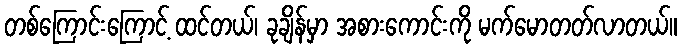
တစ်ကြောင်းကြောင့် ထင်တယ်၊ ခုချိန်မှာ အစားကောင်းကို မက်မောတတ်လာတယ်။